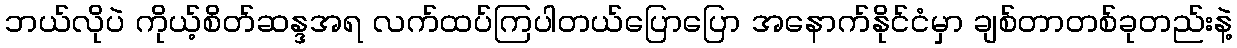
ဘယ်လိုပဲ ကိုယ့်စိတ်ဆန္ဒအရ လက်ထပ်ကြပါတယ်ပြောပြော အနောက်နိုင်ငံမှာ ချစ်တာတစ်ခုတည်းနဲ့